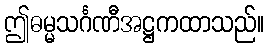
ဤဓမ္မသင်္ဂဏီအဋ္ဌကထာသည်။